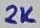
Text: 2K